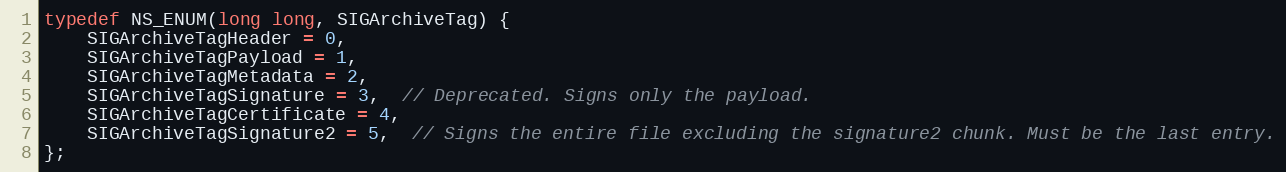
Language: C
typedef NS_ENUM(long long, SIGArchiveTag) {
    SIGArchiveTagHeader = 0,
    SIGArchiveTagPayload = 1,
    SIGArchiveTagMetadata = 2,
    SIGArchiveTagSignature = 3,  // Deprecated. Signs only the payload.
    SIGArchiveTagCertificate = 4,
    SIGArchiveTagSignature2 = 5,  // Signs the entire file excluding the signature2 chunk. Must be the last entry.
};